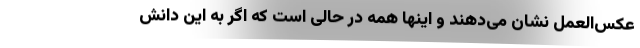
عکس‌العمل نشان می‌دهند و اینها همه در حالی است که اگر به این دانش